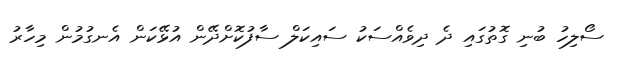
ސޯލިހު ބުނި ގޮތުގައި ދެ ދިވެއްސަކު ސައިކަލް ސާފުކޮށްދޭން އުޅޭކަން އެނގުމުން މިހާރު